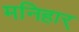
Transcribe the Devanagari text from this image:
मनिहार्